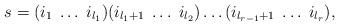
LaTeX: \begin{align*}s = (i_1\; \dots\; i_{l_1})(i_{l_1+1}\; \dots \; i_{l_2})\dots(i_{l_{r-1}+1}\; \dots \; i_{l_r}),\end{align*}